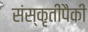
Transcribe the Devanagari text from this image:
संस्कृतींपैकी